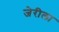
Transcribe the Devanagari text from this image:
जेरीला